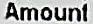
AMOUNT